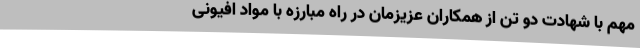
مهم با شهادت دو تن از همکاران عزیزمان در راه مبارزه با مواد افیونی